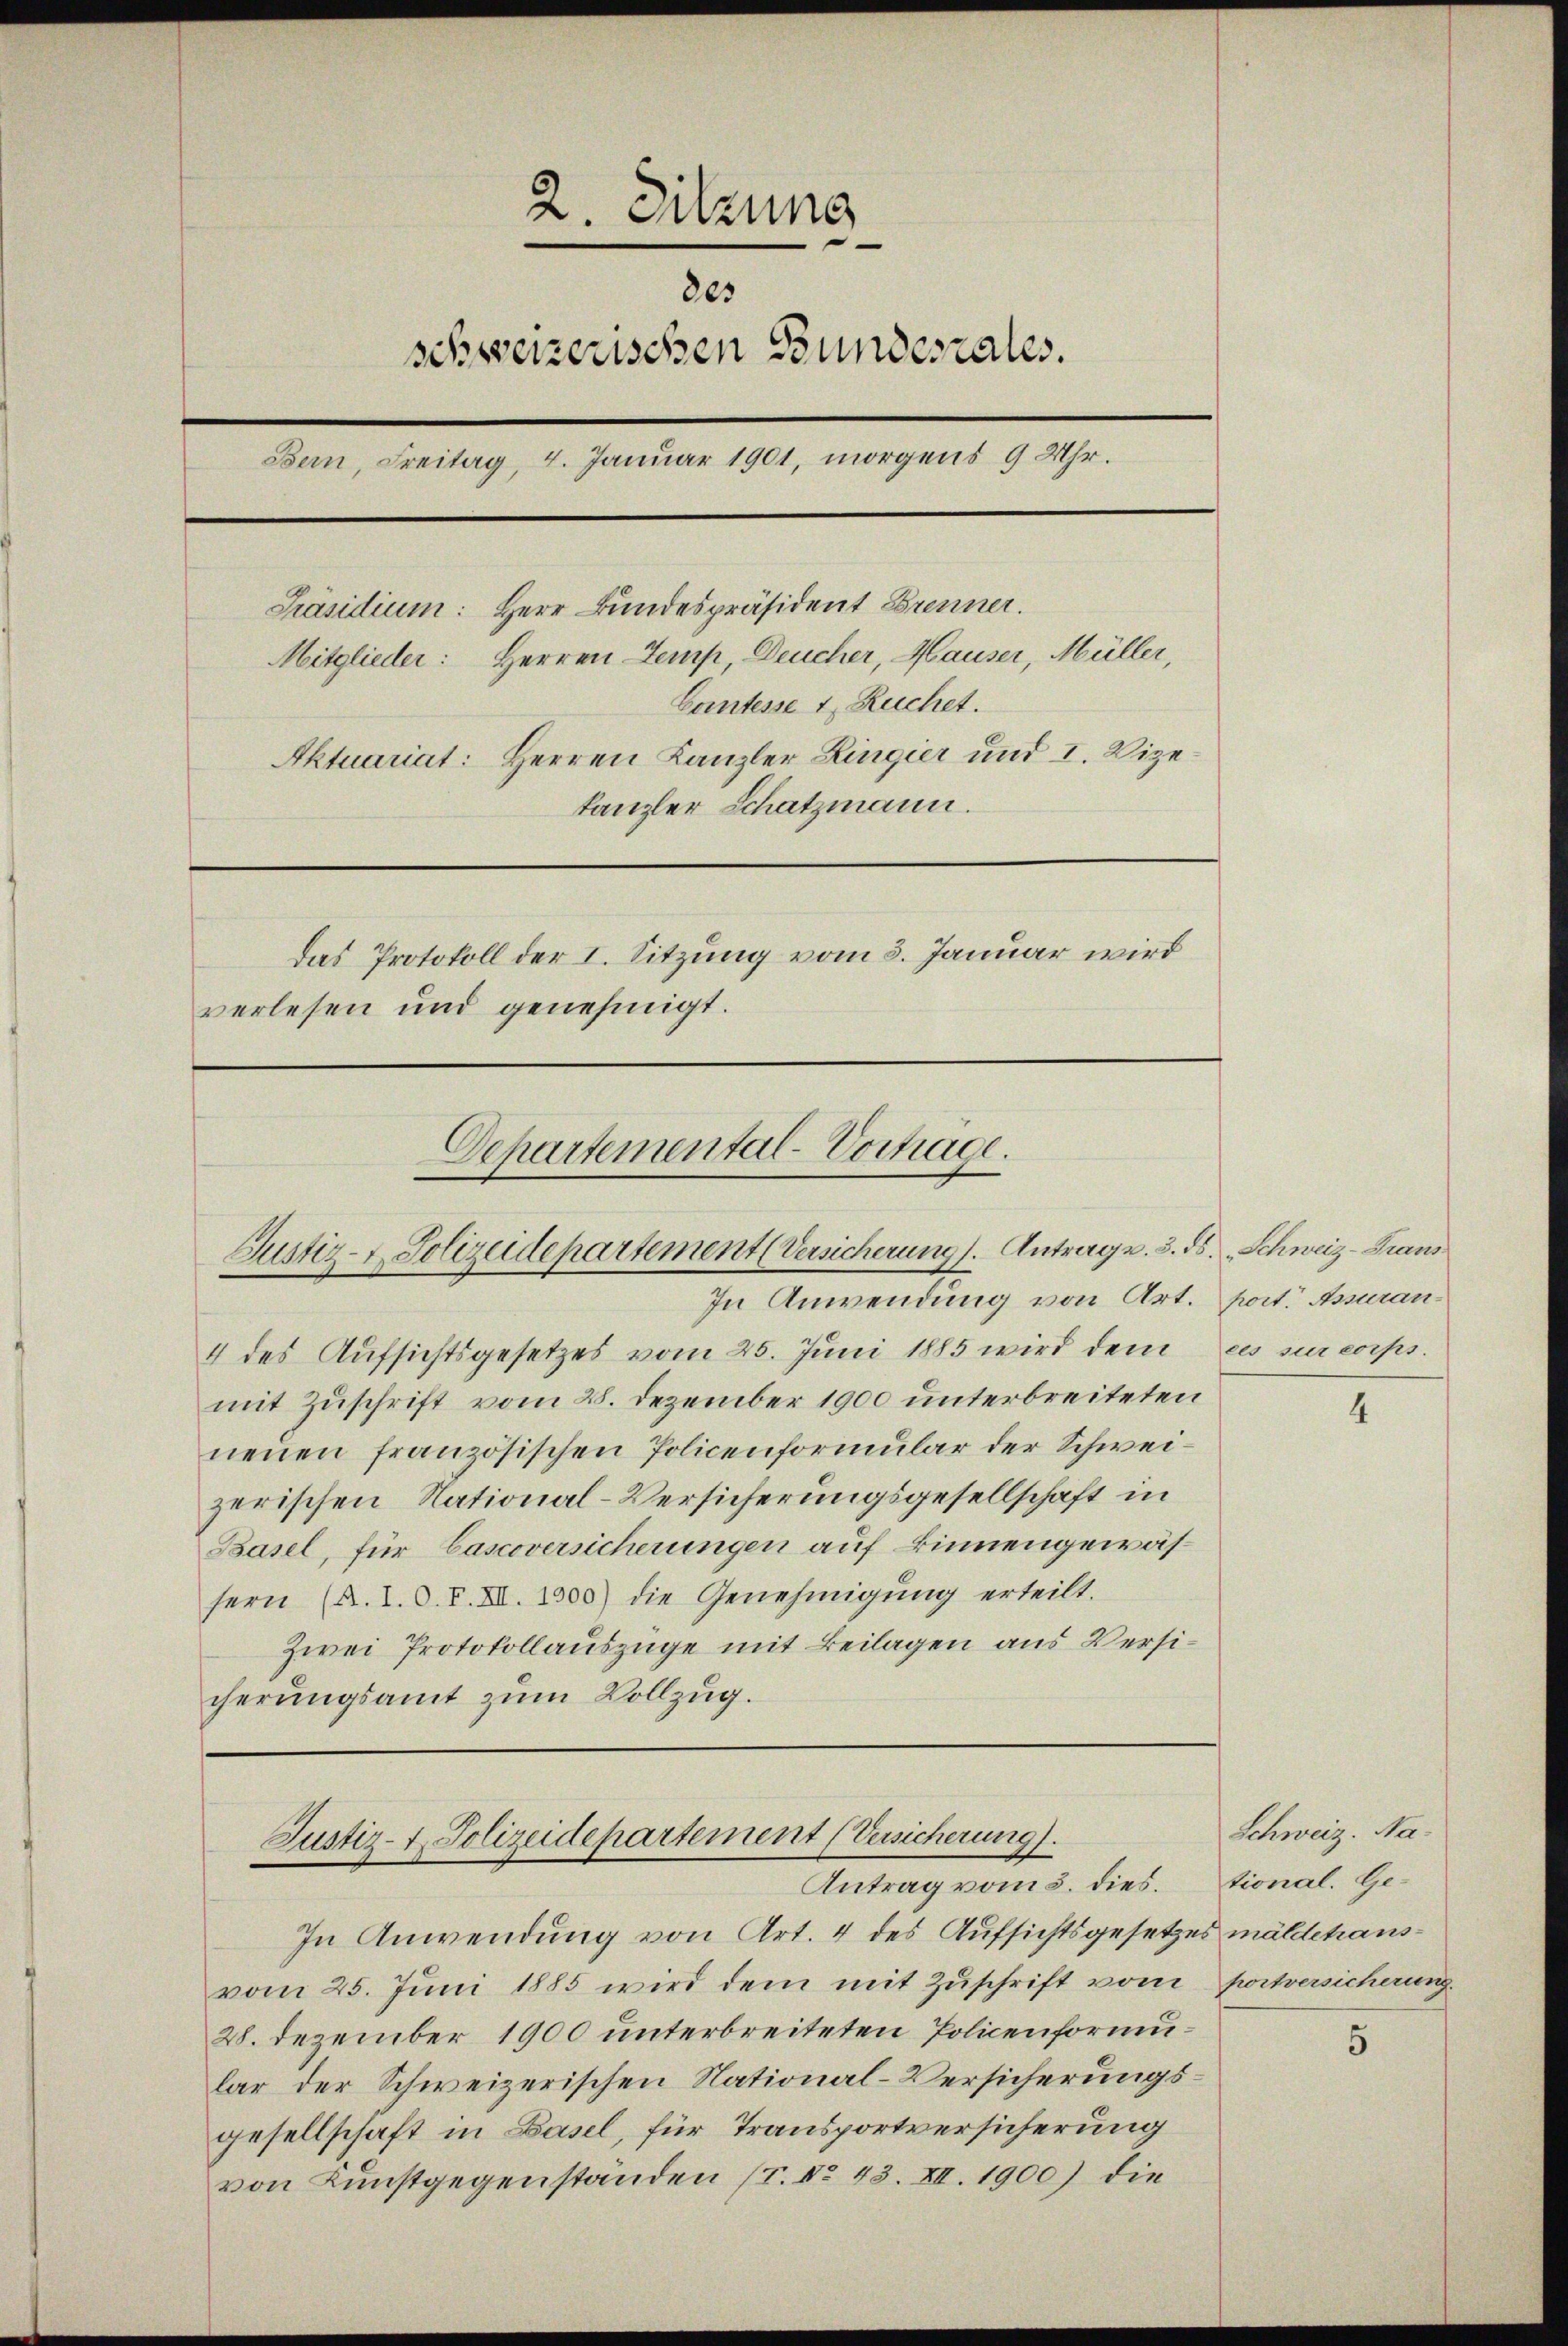
2. Sitzung
des
schweizerischen Bundesrates.
Bern, Freitag, 4. Januar 1901, morgens 9 Uhr.
Präsidium: Herr Bundespräsident Brenner.
Mitglieder: Herren Temp, Deucher, Hauser, Müller,
Gantesse 1 Ruchet.
Aktuariat: Herren Kanzler Ringier und I. Vizekanzler Schatzmann.
Das Protokoll der I. Sitzung vom 3. Januar wird
verlesen und genehmigt.

Departemental-Vortrage.
Justiz- & Polizeidepartement (Versicherung 1. Antrage. 3. ds. „Schweiz-Trans
In Anwendung von Art. port. Assuran¬

4 des Aufsichtsgesetzes vom 25. Juni 1885 wird dem es sur corps.
mit Zuschrift vom 28. Dezember 1900 unterbreiteten
neuen französischen Policenformular der Schweizerischen National-Versicherungsgesellschaft in
Basel, für Cascoversicherungen auf Binnengewässern (A.T. O. S. XII. 1300) die Genehmigŭng erteilt.
Zwei Protokollauszüge mit Beilagen aus Versicherungsamt zum Vollzug.

In Anwendung von Art. 4 des Aufsichtsgesetzes mäldehausvom 25. Juni 1885 wird dem mit Zuschrift vom portversicherung
28. Dezember 1900 unterbreiteten Policenformular der Schweizerischen National-Versicherungsgesellschaft in Basel, für Transportversicherung
von Kunstgegenständen (T. No. 43. XII. 1900) die

Justiz- & Polizeidepartement (Versicherung).
Antrag vom 5. dies. tional. Ge¬

4

Schweiz. Na¬

5